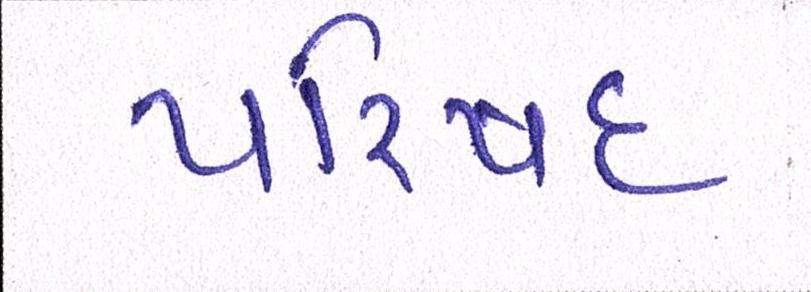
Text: પરિષદ